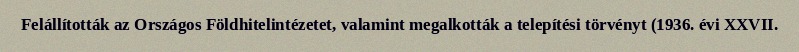
Felállították az Országos Földhitelintézetet, valamint megalkották a telepítési törvényt (1936. évi XXVII.